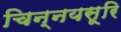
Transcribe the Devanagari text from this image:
चिन्नयसूरि